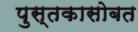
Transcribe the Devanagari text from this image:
पुस्तकासोबत